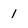
Character: 1